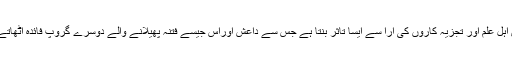
بعض اہل علم اور تجزیہ کاروں کی آرا سے ایسا تاثر بنتا ہے جس سے داعش اوراس جیسے فتنہ پھیلانے والے دوسرے گروپ فائدہ اٹھاتے ہیں۔